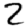
Digit: 2